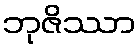
ဘုဇိဿာ